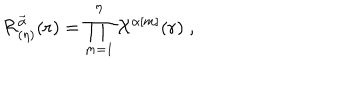
{ \cal { R } } _ { ( \eta ) } ^ { \vec { \alpha } } ( { \bf { r } } ) = \prod _ { m = 1 } ^ { \eta } { \cal { X } } ^ { \alpha [ m ] } ( { \bf { r } } ) \; ,